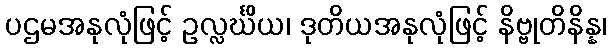
ပဌမအနုလုံဖြင့် ဥလ္လင်္ဃိယ၊ ဒုတိယအနုလုံဖြင့် နိဗ္ဗုတိနိန္န၊